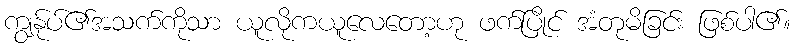
ကျွနု်ပ်၏အသက်ကိုသာ ယူလိုကယူလေတော့ဟု ဖက်ပြိုင် အံတုမိခြင်း ဖြစ်ပါ၏။